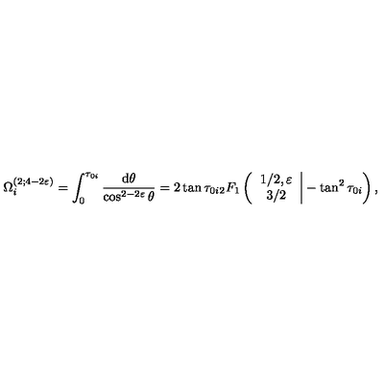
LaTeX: \Omega _ { i } ^ { ( 2 ; 4 - 2 \varepsilon ) } = \int _ { 0 } ^ { \tau _ { 0 i } } \frac { \mathrm { d } \theta } { \cos ^ { 2 - 2 \varepsilon } \theta } = 2 \tan \tau _ { 0 i } _ { 2 } F _ { 1 } \left( \left. \begin{array} { c } { 1 / 2 , \varepsilon } \\ { 3 / 2 } \\ \end{array} \right| - \tan ^ { 2 } \tau _ { 0 i } \right) ,